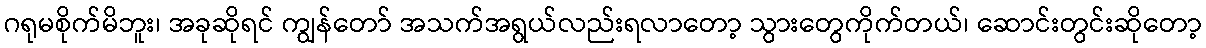
ဂရုမစိုက်မိဘူး၊ အခုဆိုရင် ကျွန်တော် အသက်အရွယ်လည်းရလာတော့ သွားတွေကိုက်တယ်၊ ဆောင်းတွင်းဆိုတော့